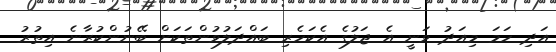
އަދި ހަމަ މިއަދު ވަނީ އެ ޖަލުގެ އެކަހެރި ބައްދަލުވުންތަކަށް ބޭނުންކުރާނެ އިތުރު